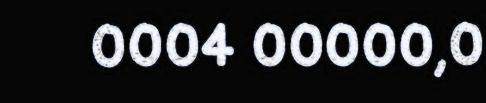
0004 00000,0